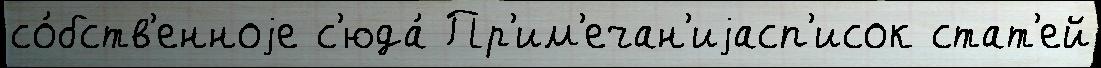
со́бств'енноjе с'юда́ Пр'им'ечан'иjасп'исок стат'ей